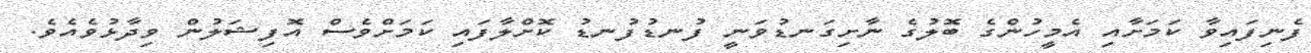
ފެނިފައިވާ ކަމަށާއި އެމީހުންގެ ބޮލުގެ ނާށިގަނޑުވަނީ ފުނޑުފުނޑު ކޮށްލާފައި ކަމަށްވެސް އޮފިޝަލުން ވިދާޅުވެއެވެ.